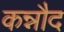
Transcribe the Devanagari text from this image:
कन्नौद